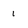
Character: 1